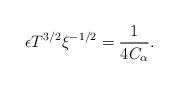
LaTeX: \begin{align*} \epsilon T^{3/2} \xi^{-1/2} = \frac{1}{4C_\alpha}. \end{align*}